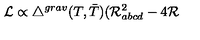
{ \cal L } \propto { { \triangle } ^ { g r a v } } ( T , { \bar { T } } ) ( { \cal R } _ { a b c d } ^ { 2 } - 4 { \cal R }